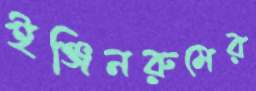
ইঞ্জিনরুমের